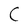
Character: C